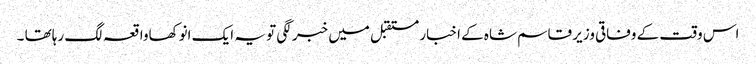
اس وقت کے وفاقی وزیر قاسم شاہ کے اخبار مستقبل میں خبر لگی تو یہ ایک انوکھاواقعہ لگ رہاتھا ۔